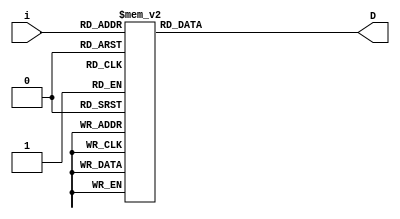
module ssd(
    input [3:0] i,
    output [7:0] D
    );
    

reg [7:0] D;
always @(i)
    case (i)
    4'd0 : D = 8'b00000011;
    4'd1 : D = 8'b10011111;
    4'd2 : D = 8'b00100101;
    4'd3 : D = 8'b00001101;
    4'd4 : D = 8'b10011001;
    4'd5 : D = 8'b01001001;
    4'd6 : D = 8'b01000001;
    4'd7 : D = 8'b00011111;
    4'd8 : D = 8'b00000001;
    4'd9 : D = 8'b00001001;
    4'd10: D = 8'b00010001;
    4'd11: D = 8'b11000001;
    4'd12: D = 8'b01100011;
    4'd13: D = 8'b10000101;
    4'd14: D = 8'b01100001;
    4'd15: D = 8'b01110001;
    default: D = 8'b11111110; //.
    endcase

endmodule